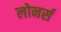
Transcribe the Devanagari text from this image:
लोनर्स